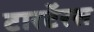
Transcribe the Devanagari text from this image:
टारटॅरस